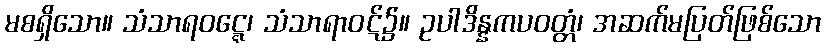
မစရှိသော။ သံသာရဝဋ္ဋေ၊ သံသာရာဝဋ်၌။ ဥပါဒိန္နကပဝတ္တံ၊ အဆက်မပြတ်ဖြစ်သော